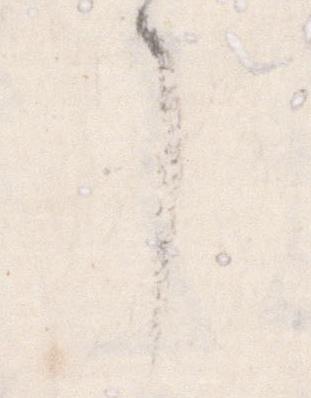
了